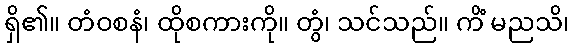
ရှိ၏။ တံဝစနံ၊ ထိုစကားကို။ တွံ၊ သင်သည်။ ကိံ မညသိ၊